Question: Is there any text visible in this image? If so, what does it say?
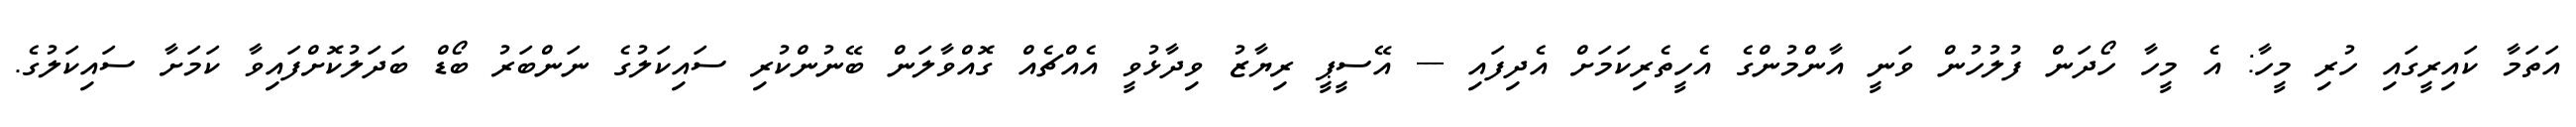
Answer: އަތަމާ ކައިރީގައި ހުރި މީހާ: އެ މީހާ ހޯދަން ފުލުހުން ވަނީ އާންމުންގެ އެހީތެރިކަމަށް އެދިފައި --- އޭސީޕީ ރިޔާޒު ވިދާޅުވީ އެއްޗެއް ގޮއްވާލަން ބޭނުންކުރި ސައިކަލުގެ ނަންބަރު ބޯޑް ބަދަލުކޮށްފައިވާ ކަމަށާ ސައިކަލުގެ.